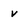
Character: v